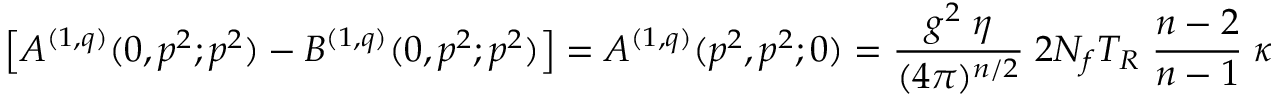
\left[ A ^ { ( 1 , q ) } ( 0 , p ^ { 2 } ; p ^ { 2 } ) - B ^ { ( 1 , q ) } ( 0 , p ^ { 2 } ; p ^ { 2 } ) \right] = A ^ { ( 1 , q ) } ( p ^ { 2 } , p ^ { 2 } ; 0 ) = \frac { g ^ { 2 } \; \eta } { ( 4 \pi ) ^ { n / 2 } } \; 2 N _ { f } T _ { R } \; \frac { n - 2 } { n - 1 } \; \kappa ,